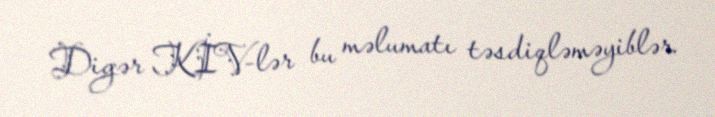
Digər KİV-lər bu məlumatı təsdiqləməyiblər.